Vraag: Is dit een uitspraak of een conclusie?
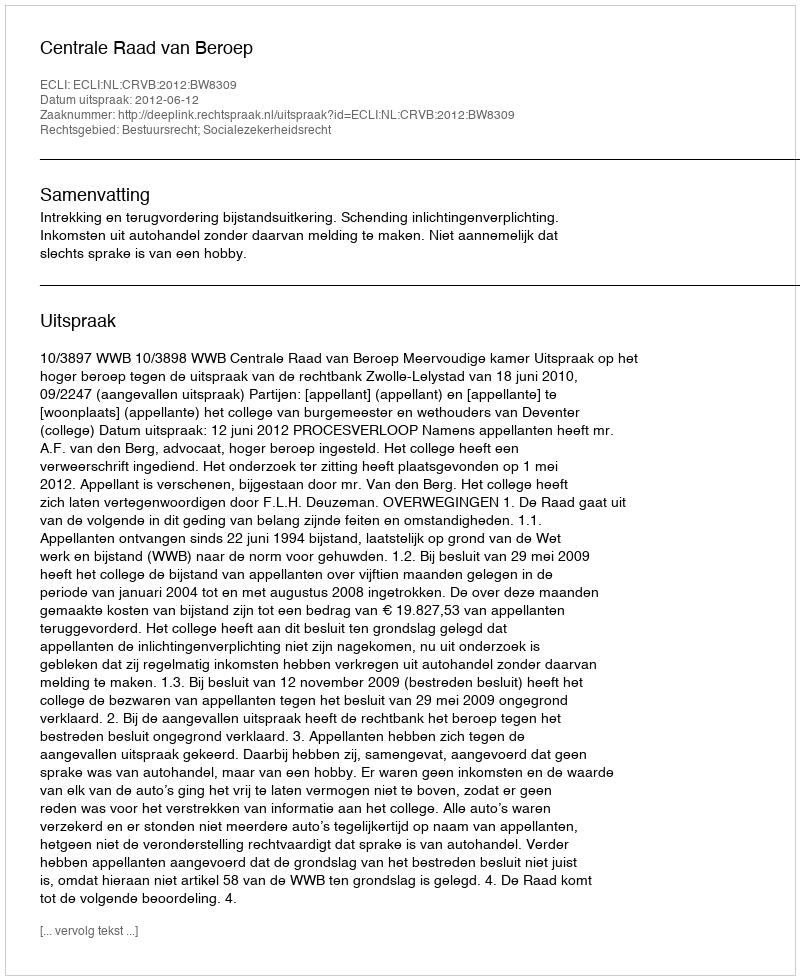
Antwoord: Uitspraak